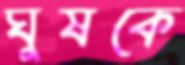
ঘুষকে